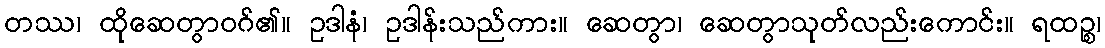
တဿ၊ ထိုဆေတွာဝဂ်၏။ ဥဒါနံ၊ ဥဒါန်းသည်ကား။ ဆေတွာ၊ ဆေတွာသုတ်လည်းကောင်း။ ရထဉ္စ၊